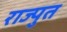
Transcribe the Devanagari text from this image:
राज्पुत